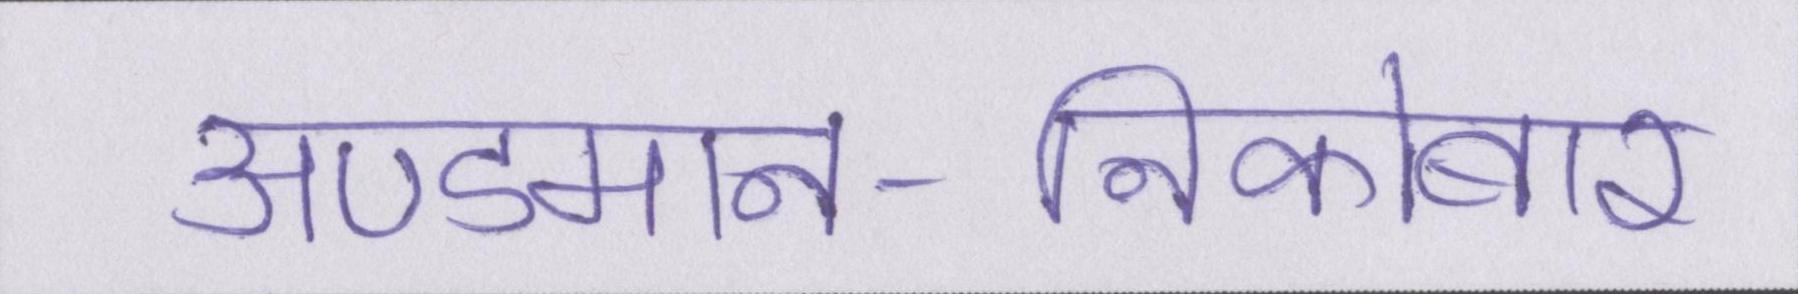
अण्डमान-निकोबार